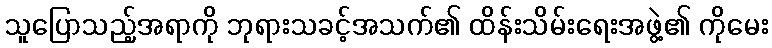
သူပြောသည့်အရာကို ဘုရားသခင့်အသက်၏ ထိန်းသိမ်းရေးအဖွဲ့၏ ကိုမေး